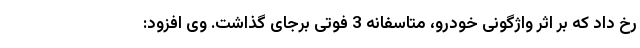
رخ داد که بر اثر واژگونی خودرو، متاسفانه 3 فوتی برجای گذاشت. وی افزود: